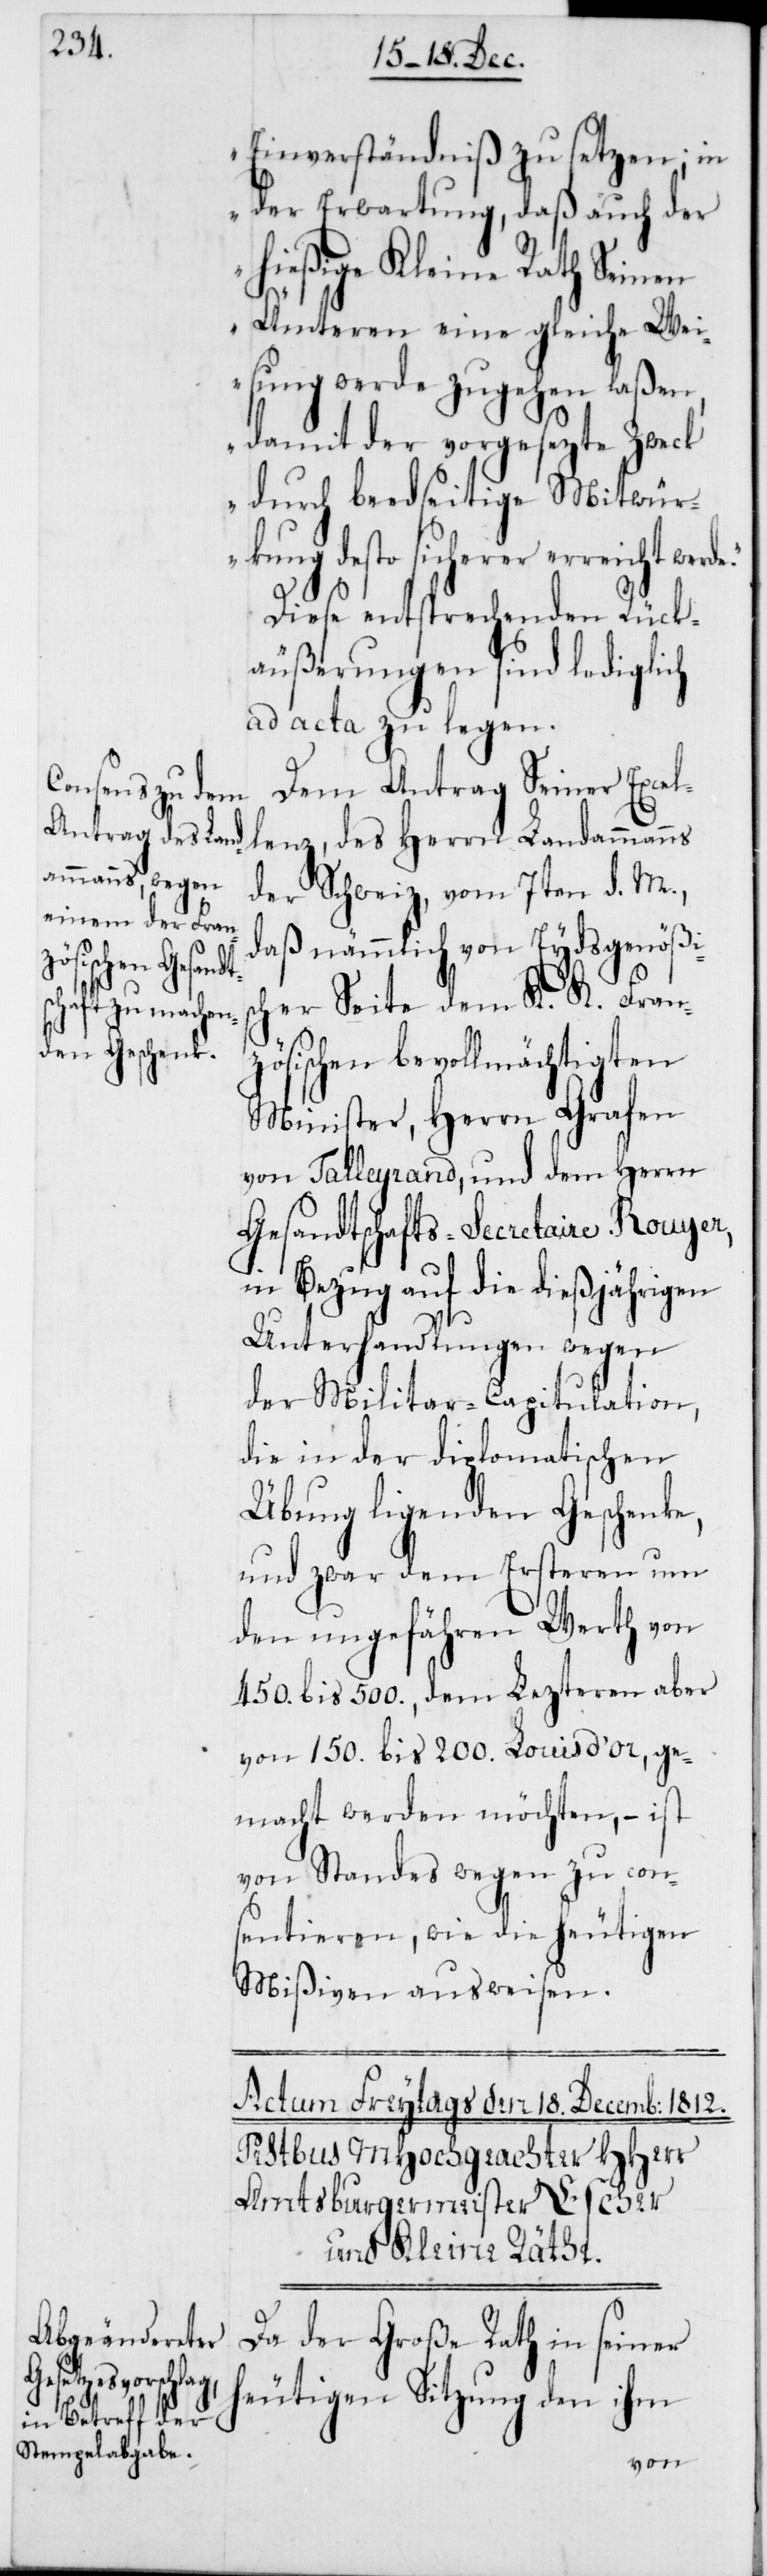
Einverständniß zu setzen; in
der Erwartung, daß auch der
hießige Kleine Rath Seinen
Ämteren eine gleiche Wei¬
sung werde zugehen laßen,
damit der vorgesezte Zweck
durch beedseitige [sic!]
desto sicherer erreicht
Diese entsprechenden Rück¬
äußerungen sind lediglich
ad acta zu legen.
Dem Antrag Seiner Excel¬
lenz, des Herrn Landammanns
der Schweiz, vom 7ten d. M.,
daß nämmlich von Eydsgenößis¬
cher Seite dem K. K. Fran¬
zösischen bevollmächtigten
Minister, Herrn Grafen
von Talleyrand, und dem Herrn
Gesandtschafts-Secretaire Rouyer,
in Bezug auf die dießjährigen
Unterhandlungen wegen
der Militar-Capitulation,
die in der diplomatischen
Übung ligenden Geschenke,
und zwar dem Ersteren um
den ungefähren Werth von
450. bis 500., dem Letzteren aber
von 150. bis 200. Louis d’or, ge¬
macht werden möchten, – ist
von Standes wegen zu con¬
sentieren, wie die heutigen
Mißiven ausweisen.
Da der Große Rath in seiner
heutigen Sitzung den ihm